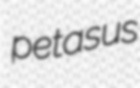
petasus